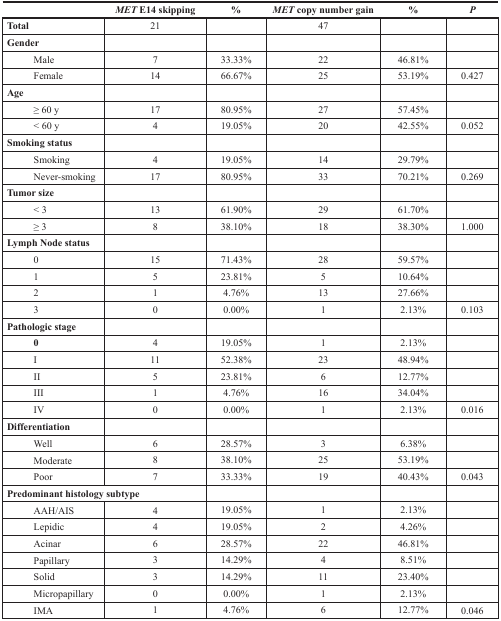
<table><thead><tr><td></td><td><b><i>MET</i> E14 skipping</b></td><td><b>%</b></td><td><b><i>MET</i> copy number gain</b></td><td><b>%</b></td><td><b><i>P</i></b></td></tr></thead><tbody><tr><td><b>Total</b></td><td>21</td><td></td><td>47</td><td></td><td></td></tr><tr><td><b>Gender</b></td><td></td><td></td><td></td><td></td><td></td></tr><tr><td>Male</td><td>7</td><td>33.33%</td><td>22</td><td>46.81%</td><td></td></tr><tr><td>Female</td><td>14</td><td>66.67%</td><td>25</td><td>53.19%</td><td>0.427</td></tr><tr><td><b>Age</b></td><td></td><td></td><td></td><td></td><td></td></tr><tr><td>≥ 60 y</td><td>17</td><td>80.95%</td><td>27</td><td>57.45%</td><td></td></tr><tr><td>&lt; 60 y</td><td>4</td><td>19.05%</td><td>20</td><td>42.55%</td><td>0.052</td></tr><tr><td><b>Smoking status</b></td><td></td><td></td><td></td><td></td><td></td></tr><tr><td>Smoking</td><td>4</td><td>19.05%</td><td>14</td><td>29.79%</td><td></td></tr><tr><td>Never-smoking</td><td>17</td><td>80.95%</td><td>33</td><td>70.21%</td><td>0.269</td></tr><tr><td><b>Tumor size</b></td><td></td><td></td><td></td><td></td><td></td></tr><tr><td>&lt; 3</td><td>13</td><td>61.90%</td><td>29</td><td>61.70%</td><td></td></tr><tr><td>≥ 3</td><td>8</td><td>38.10%</td><td>18</td><td>38.30%</td><td>1.000</td></tr><tr><td><b>Lymph Node status</b></td><td></td><td></td><td></td><td></td><td></td></tr><tr><td>0</td><td>15</td><td>71.43%</td><td>28</td><td>59.57%</td><td></td></tr><tr><td>1</td><td>5</td><td>23.81%</td><td>5</td><td>10.64%</td><td></td></tr><tr><td>2</td><td>1</td><td>4.76%</td><td>13</td><td>27.66%</td><td></td></tr><tr><td>3</td><td>0</td><td>0.00%</td><td>1</td><td>2.13%</td><td>0.103</td></tr><tr><td><b>Pathologic stage</b></td><td></td><td></td><td></td><td></td><td></td></tr><tr><td><b>0</b></td><td>4</td><td>19.05%</td><td>1</td><td>2.13%</td><td></td></tr><tr><td>I</td><td>11</td><td>52.38%</td><td>23</td><td>48.94%</td><td></td></tr><tr><td>II</td><td>5</td><td>23.81%</td><td>6</td><td>12.77%</td><td></td></tr><tr><td>III</td><td>1</td><td>4.76%</td><td>16</td><td>34.04%</td><td></td></tr><tr><td>IV</td><td>0</td><td>0.00%</td><td>1</td><td>2.13%</td><td>0.016</td></tr><tr><td><b>Differentiation</b></td><td></td><td></td><td></td><td></td><td></td></tr><tr><td>Well</td><td>6</td><td>28.57%</td><td>3</td><td>6.38%</td><td></td></tr><tr><td>Moderate</td><td>8</td><td>38.10%</td><td>25</td><td>53.19%</td><td></td></tr><tr><td>Poor</td><td>7</td><td>33.33%</td><td>19</td><td>40.43%</td><td>0.043</td></tr><tr><td colspan="2"><b>Predominant histology subtype</b></td><td></td><td></td><td></td><td></td></tr><tr><td>AAH/AIS</td><td>4</td><td>19.05%</td><td>1</td><td>2.13%</td><td></td></tr><tr><td>Lepidic</td><td>4</td><td>19.05%</td><td>2</td><td>4.26%</td><td></td></tr><tr><td>Acinar</td><td>6</td><td>28.57%</td><td>22</td><td>46.81%</td><td></td></tr><tr><td>Papillary</td><td>3</td><td>14.29%</td><td>4</td><td>8.51%</td><td></td></tr><tr><td>Solid</td><td>3</td><td>14.29%</td><td>11</td><td>23.40%</td><td></td></tr><tr><td>Micropapillary</td><td>0</td><td>0.00%</td><td>1</td><td>2.13%</td><td></td></tr><tr><td>IMA</td><td>1</td><td>4.76%</td><td>6</td><td>12.77%</td><td>0.046</td></tr></tbody></table>